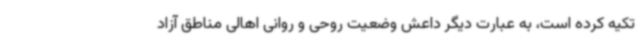
تکیه کرده است، به عبارت دیگر داعش وضعیت روحی و روانی اهالی مناطق آزاد